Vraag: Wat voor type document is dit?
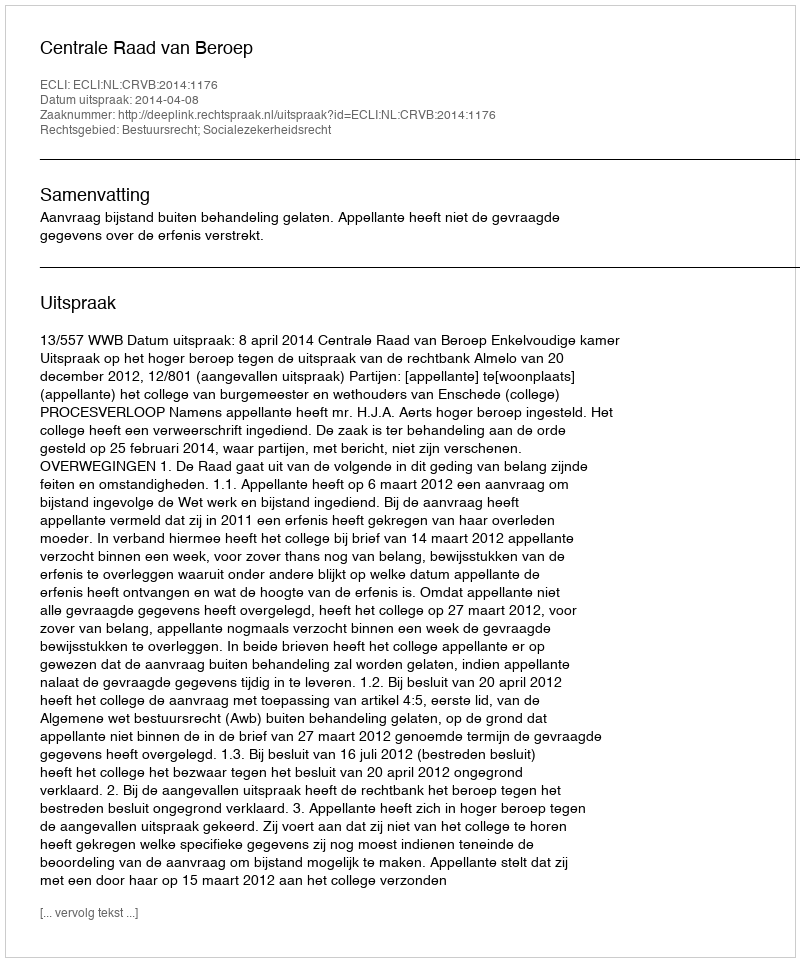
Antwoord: Uitspraak